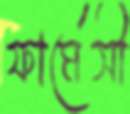
ফার্মেসী